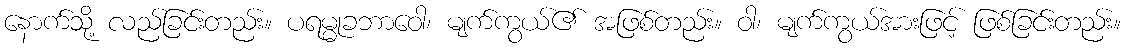
နောက်သို့ လည်ခြင်းတည်း။ ပရမ္မုခဘာဝေါ၊ မျက်ကွယ်၏ အဖြစ်တည်း။ ဝါ၊ မျက်ကွယ်အားဖြင့် ဖြစ်ခြင်းတည်း။